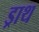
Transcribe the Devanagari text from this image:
ड्राथ